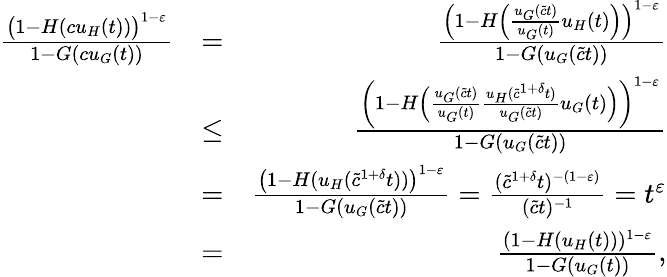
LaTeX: \begin{array}{rlr}{\frac{\big(1-H(cu_{H}(t))\big)^{1-\varepsilon}}{1-G(cu_{G}(t))}}&{=}&{\frac{\left(1-H\Big(\frac{u_{G}(\tilde{c}t)}{u_{G}(t)}u_{H}(t)\Big)\right)^{1-\varepsilon}}{1-G(u_{G}(\tilde{c}t))}}\\ &{\le}&{\frac{\left(1-H\Big(\frac{u_{G}(\tilde{c}t)}{u_{G}(t)}\frac{u_{H}(\tilde{c}^{1+\delta}t)}{u_{G}(\tilde{c}t)}u_{G}(t)\Big)\right)^{1-\varepsilon}}{1-G(u_{G}(\tilde{c}t))}}\\ &{=}&{\frac{\left(1-H(u_{H}(\tilde{c}^{1+\delta}t))\right)^{1-\varepsilon}}{1-G(u_{G}(\tilde{c}t))}=\frac{(\tilde{c}^{1+\delta}t)^{-(1-\varepsilon)}}{(\tilde{c}t)^{-1}}=t^{\varepsilon}}\\ &{=}&{\frac{(1-H(u_{H}(t)))^{1-\varepsilon}}{1-G(u_{G}(t))},}\end{array}